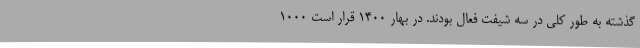
گذشته به طور کلی در سه شیفت فعال بودند. در بهار ۱۴۰۰ قرار است ۱۰۰۰